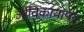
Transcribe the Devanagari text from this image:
जीविकायापन